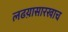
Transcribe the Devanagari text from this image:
लढय़ासारखाच